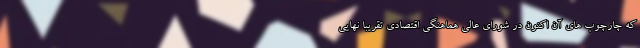
که چارچوب های آن اکنون در شورای عالی هماهنگی اقتصادی تقریبا نهایی